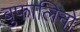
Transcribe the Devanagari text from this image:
बुफालिनो